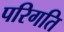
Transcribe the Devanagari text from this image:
परिगति